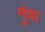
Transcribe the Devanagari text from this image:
गुंधा